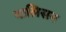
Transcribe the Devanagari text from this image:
वालिसन